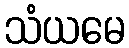
သံယမေ